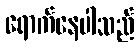
ရောက်နေပါသည်